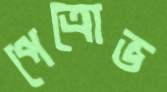
পেত্রোভ